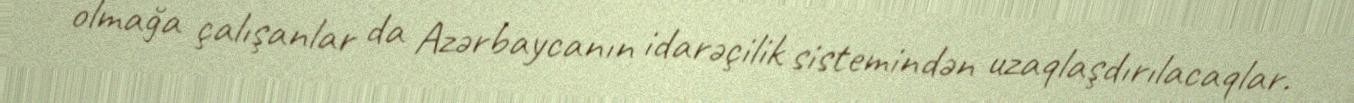
olmağa çalışanlar da Azərbaycanın idarəçilik sistemindən uzaqlaşdırılacaqlar.